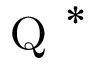
{ \textsc { Q } } ^ { * }